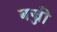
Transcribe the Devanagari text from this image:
बज्जी